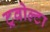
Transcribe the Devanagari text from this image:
ट्रवोल्टा